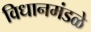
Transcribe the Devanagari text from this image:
विधानमंडळे